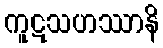
ကူဋသဟဿာနိ